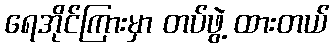
ရေအိုင်ကြားမှာ တပ်ဖွဲ့ ထားတယ်